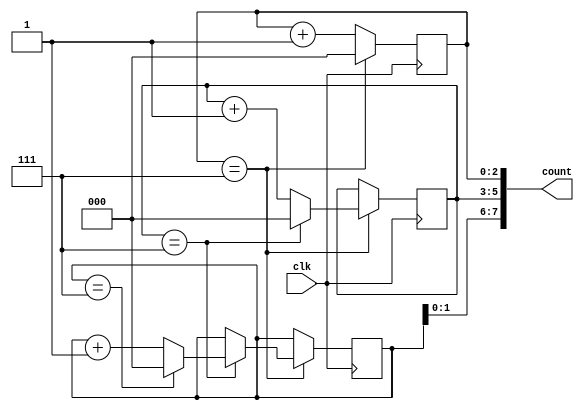
module CascadedCounter(
    input wire clk,
    output reg [7:0] count
);

reg [2:0] counter1;
reg [2:0] counter2;
reg [2:0] counter3;
reg [2:0] counter4;

always @(posedge clk) begin
    counter1 <= counter1 + 1;
    if (counter1 == 7) begin
        counter2 <= counter2 + 1;
        counter1 <= 0;
        if (counter2 == 7) begin
            counter3 <= counter3 + 1;
            counter2 <= 0;
            if (counter3 == 7) begin
                counter4 <= counter4 + 1;
                counter3 <= 0;
            end
        end
    end
end

assign count = {counter4, counter3, counter2, counter1};

endmodule